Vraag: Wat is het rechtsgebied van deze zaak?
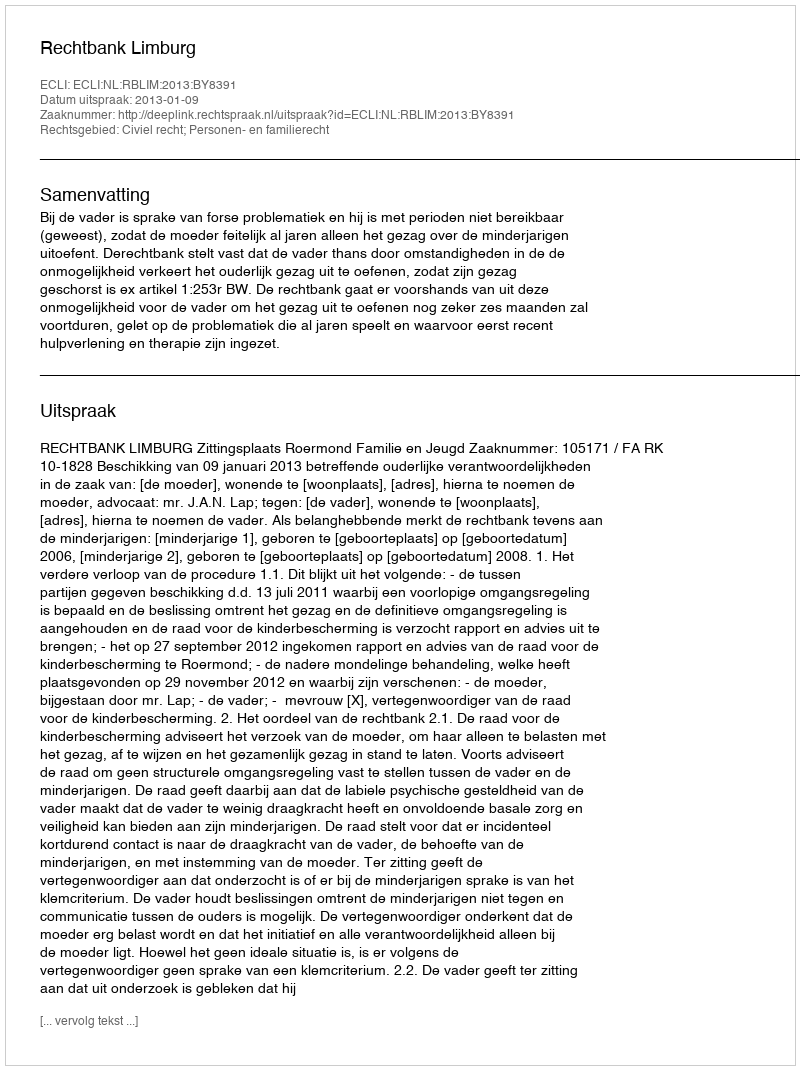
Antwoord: Civiel recht; Personen- en familierecht